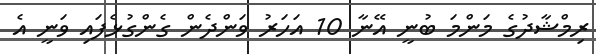
ރިމްޝާދުގެ މަންމަ ބުނީ އޭނާ 10 އަހަރު ވަންދެން ގެންގުޅެފައި ވަނީ އެ